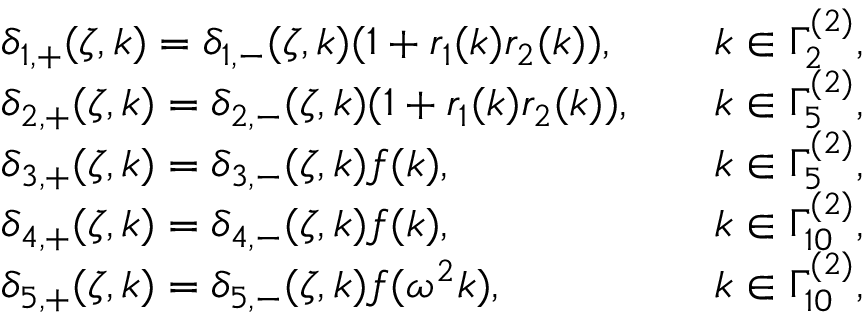
\begin{array} { r l r l } & { \delta _ { 1 , + } ( \zeta , k ) = \delta _ { 1 , - } ( \zeta , k ) ( 1 + r _ { 1 } ( k ) r _ { 2 } ( k ) ) , } & & { k \in \Gamma _ { 2 } ^ { ( 2 ) } , } \\ & { \delta _ { 2 , + } ( \zeta , k ) = \delta _ { 2 , - } ( \zeta , k ) ( 1 + r _ { 1 } ( k ) r _ { 2 } ( k ) ) , } & & { k \in \Gamma _ { 5 } ^ { ( 2 ) } , } \\ & { \delta _ { 3 , + } ( \zeta , k ) = \delta _ { 3 , - } ( \zeta , k ) f ( k ) , } & & { k \in \Gamma _ { 5 } ^ { ( 2 ) } , } \\ & { \delta _ { 4 , + } ( \zeta , k ) = \delta _ { 4 , - } ( \zeta , k ) f ( k ) , } & & { k \in \Gamma _ { 1 0 } ^ { ( 2 ) } , } \\ & { \delta _ { 5 , + } ( \zeta , k ) = \delta _ { 5 , - } ( \zeta , k ) f ( \omega ^ { 2 } k ) , } & & { k \in \Gamma _ { 1 0 } ^ { ( 2 ) } , } \end{array}